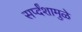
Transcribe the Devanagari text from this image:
सर्प्दंशामुळे